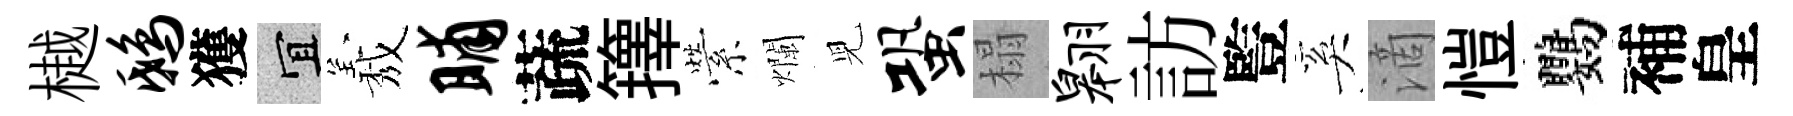
樾鸱獲宜𦏁晡蔬籜縈爛児蛩榻翱訪䜿奚滴愷鸚補皇